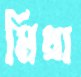
মিথা